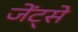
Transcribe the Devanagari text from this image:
जेंट्से